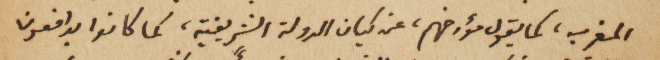
المغرب، كما يقول مؤرخهم، عن كيان الدولة الشريفية، كما كانوا يدافعون